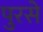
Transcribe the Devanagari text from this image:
पुरसे